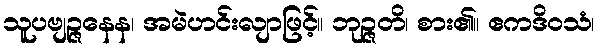
သူပဗျဉ္ဇနေန၊ အမဲဟင်းလျာဖြင့်။ ဘုဉ္ဇတိ၊ စား၏။ ဧကဒိဝသံ၊